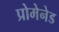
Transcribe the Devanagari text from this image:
प्रोमेनेड